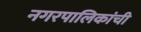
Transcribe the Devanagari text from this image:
नगरपालिकांची